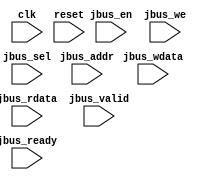
module jelly_jbus_logger
        #(
            parameter   ADDR_WIDTH      = 12,
            parameter   DATA_SIZE       = 2,        // 2^n (0:8bit, 1:16bit, 2:32bit ...)
            parameter   DATA_WIDTH      = (8 << DATA_SIZE),
            parameter   SEL_WIDTH       = (DATA_WIDTH / 8),
            parameter   FILE_NAME       = "",
            parameter   DISPLAY         = 1,
            parameter   MESSAGE         = "[jbus]",
            parameter   CHECK_DATA      = 0,
            parameter   CHECK_ADR_MASK  = 32'hf000_0000,
            parameter   CHECK_ADR_VALUE = 32'h0000_0000,
            parameter   CHECK_MEM_SIZE  = 256*1024
        )
        (
            // system
            input   wire                        clk,
            input   wire                        reset,
            
            // slave port
            input   wire                        jbus_en,
            input   wire    [ADDR_WIDTH-1:0]    jbus_addr,
            input   wire    [DATA_WIDTH-1:0]    jbus_wdata,
            input   wire    [DATA_WIDTH-1:0]    jbus_rdata,
            input   wire                        jbus_we,
            input   wire    [SEL_WIDTH-1:0]     jbus_sel,
            input   wire                        jbus_valid,
            input   wire                        jbus_ready
        );

    reg                         read_busy;
    reg     [ADDR_WIDTH-1:0]    read_addr;
    reg     [SEL_WIDTH-1:0]     read_sel;

    integer                     file;
    
    initial begin
        read_busy = 1'b0;
        if ( FILE_NAME != "" ) begin
            file = $fopen(FILE_NAME, "w");
            $fclose(file);
        end
    end
    
    always @(posedge clk) begin
        if ( reset ) begin
            read_busy <= 1'b0;
            read_addr <= {ADDR_WIDTH{1'bx}};
            read_sel  <= {SEL_WIDTH{1'bx}};
        end
        else begin
            if ( jbus_en & !jbus_we & jbus_valid & jbus_ready ) begin
                read_busy <= 1'b1;
                read_addr <= jbus_addr;
                read_sel  <= jbus_sel;
            end
            else if ( jbus_ready ) begin
                read_busy <= 1'b0;
                read_addr <= {ADDR_WIDTH{1'bx}};
                read_sel  <= {SEL_WIDTH{1'bx}};
            end
            
            // read
            if ( read_busy & jbus_ready ) begin
                if ( DISPLAY ) begin
                    $display(" %d %s r %h %h %h", $time, MESSAGE, read_addr, jbus_rdata, read_sel);
                end
                if ( FILE_NAME != "" ) begin
                    file = $fopen(FILE_NAME, "a");
                    $fdisplay(file, "%d %s r %h %h %h", $time, MESSAGE, read_addr, jbus_rdata, read_sel);
                    $fclose(file);
                end
            end
            
            // write
            if ( jbus_en & jbus_we & jbus_valid & jbus_ready ) begin
                if ( DISPLAY ) begin
                    $display("%d %s w %h %h %h", $time, MESSAGE, jbus_addr, jbus_wdata, jbus_sel);
                end
                if ( FILE_NAME != "" ) begin
                    file = $fopen(FILE_NAME, "a");
                    $fdisplay(file, "%d %s w %h %h %h", $time, MESSAGE, jbus_addr, jbus_wdata, jbus_sel);
                    $fclose(file);
                end
            end
        end
    end
    
    generate
    if ( CHECK_DATA ) begin
        reg     [ADDR_WIDTH-1:0]    table_addr      [0:CHECK_MEM_SIZE-1];
        reg     [DATA_WIDTH-1:0]    table_data      [0:CHECK_MEM_SIZE-1];
        integer                     table_size = 0;
        
        // write
        task write_table;
        input   [ADDR_WIDTH-1:0]    addr;
        input   [DATA_WIDTH-1:0]    data;
        input   [SEL_WIDTH-1:0]     sel;
        integer                     i, j;
        integer                     index;
        begin
            if ( (addr & CHECK_ADR_MASK) == CHECK_ADR_VALUE ) begin
                index = -1;
                for ( i = 0; i < table_size; i = i + 1 ) begin
                    if ( table_addr[i] == addr ) begin
                        index = i;
                    end
                end
                if ( index < 0 && table_size + 1 < CHECK_MEM_SIZE ) begin
                    index      = table_size;
                    table_size = table_size + 1;
                end
                if ( index >= 0 ) begin
                    table_addr[index] = addr;
                    for ( i = 0; i < SEL_WIDTH; i = i + 1 ) begin
                        if ( sel[i] ) begin
                            for ( j = 0; j < SEL_WIDTH; j = j + 1 ) begin
                                table_data[index][i*8+j] = data[i*8+j];
                            end
                        end
                    end
                end
            end
        end
        endtask
        
        // read
        task read_table;
        input   [ADDR_WIDTH-1:0]    addr;
        input   [DATA_WIDTH-1:0]    data;
        input   [SEL_WIDTH-1:0]     sel;
        integer                     i, j;
        integer                     index;
        integer                     result;
        begin
            if ( (addr & CHECK_ADR_MASK) == CHECK_ADR_VALUE ) begin
                index  = -1;
                for ( i = 0; i < table_size; i = i + 1 ) begin
                    if ( table_addr[i] == addr ) begin
                        index = i;
                    end
                end
                if ( index >= 0 ) begin
                    result = 1;
                    table_addr[index] = addr;
                    for ( i = 0; i < SEL_WIDTH; i = i + 1 ) begin
                        if ( sel[i] ) begin
                            for ( j = 0; j < SEL_WIDTH; j = j + 1 ) begin
                                if ( table_data[index][i*8+j] !== 1'bx && table_data[index][i*8+j] !== data[i*8+j] ) begin
                                    result = 0;
                                end
                            end
                        end
                    end
                    if ( !result ) begin
                        $display("read miss match: %h %h %h (exp:%h) %d", addr, data ,sel, table_data[index], $time);
                    end
                end
                write_table(addr, data, sel);
            end
        end
        endtask
        
        always @( posedge clk ) begin
            if ( !reset ) begin
                // read
                if ( read_busy & jbus_ready ) begin
                    read_table(read_addr, jbus_rdata, read_sel);
                end
                
                // write
                if ( jbus_en & jbus_we & jbus_valid & jbus_ready ) begin
                    write_table(jbus_addr, jbus_wdata, jbus_sel);
                end
            end
        end
    end
    endgenerate
    
endmodule